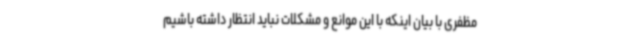
مظفری با بیان اینکه با این موانع و مشکلات نباید انتظار داشته باشیم